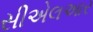
સીએલઆર